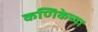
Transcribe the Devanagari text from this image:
कणिकेच्या